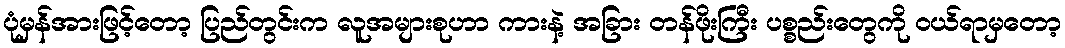
ပုံမှန်အားဖြင့်တော့ ပြည်တွင်းက လူအများစုဟာ ကားနဲ့ အခြား တန်ဖိုးကြီး ပစ္စည်းတွေကို ဝယ်ရာမှတော့